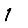
Digit: 1